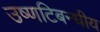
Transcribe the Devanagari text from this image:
उष्णटिबन्धीय